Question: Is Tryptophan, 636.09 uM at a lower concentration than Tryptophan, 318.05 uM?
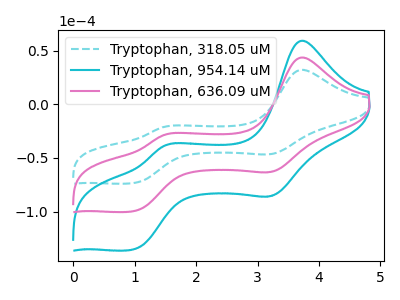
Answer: <think>The cyan dashed curve "Tryptophan, 318.05 uM" has anodic peaks at (3.70V, 32.20uA) (1.50V, -21.05uA) and cathodic peaks at (3.25V, -46.00uA) (0.95V, -73.40uA). The cyan curve "Tryptophan, 954.14 uM" has anodic peaks at (3.70V, 87.45uA) (1.50V, -57.20uA) and cathodic peaks at (3.25V, -124.90uA) (0.95V, -199.35uA). The pink curve "Tryptophan, 636.09 uM" has anodic peaks at (3.70V, 43.75uA) (1.50V, -28.60uA) and cathodic peaks at (3.25V, -62.45uA) (0.95V, -99.65uA).
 All the peaks in "Tryptophan, 318.05 uM" have a peak in "Tryptophan, 636.09 uM" at the same potential.</think>
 <answer>I cant tell if "Tryptophan, 318.05 uM" or "Tryptophan, 636.09 uM" has higher concentration.</answer>
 <eval>mixed_concentration</eval>